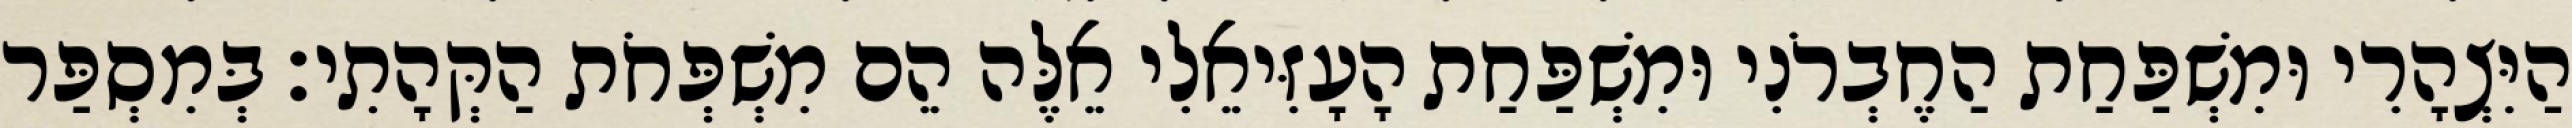
הַיִּצְהָרִי וּמִשְׁפַּחַת הַחֶבְרֹנִי וּמִשְׁפַּחַת הָעָזִּיאֵלִי אֵלֶּה הֵם מִשְׁפְּחֹת הַקְּהָתִי׃ בְּמִסְפַּר